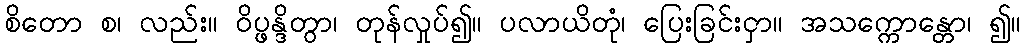
စိတော စ၊ လည်း။ ဝိပ္ဖန္ဒိတွာ၊ တုန်လှုပ်၍။ ပလာယိတုံ၊ ပြေးခြင်းငှာ။ အသက္ကောန္တော၊ ၍။